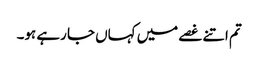
تم اتنے غصے میں کہاں جا رہے ہو۔